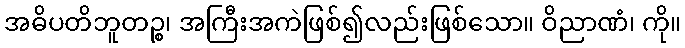
အဓိပတိဘူတဉ္စ၊ အကြီးအကဲဖြစ်၍လည်းဖြစ်သော။ ဝိညာဏံ၊ ကို။